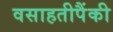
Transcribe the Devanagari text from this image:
वसाहतीपैंकी